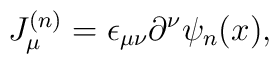
J_\mu^{(n)}=\epsilon_{\mu\nu} \partial^\nu \psi_n(x),